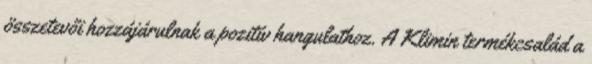
összetevői hozzájárulnak a pozitív hangulathoz. A Klimin termékcsalád a